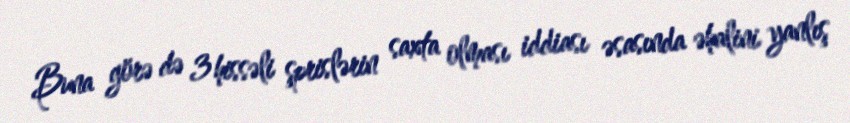
Buna görə də 3 hissəli şprislərin saxta olması iddiası əsasında əhalini yanlış